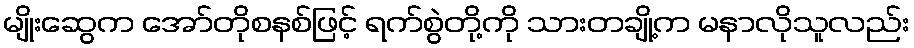
မျိုးဆွေက အော်တိုစနစ်ဖြင့် ရက်စွဲတို့ကို သားတချို့က မနာလိုသူလည်း